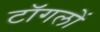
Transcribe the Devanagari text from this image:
टॉगलों